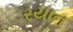
રયાન